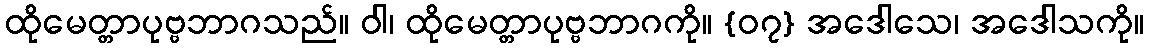
ထိုမေတ္တာပုဗ္ဗဘာဂသည်။ ဝါ၊ ထိုမေတ္တာပုဗ္ဗဘာဂကို။ {၀၇} အဒေါသေ၊ အဒေါသကို။